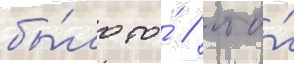
бы́ло то́ / что́